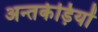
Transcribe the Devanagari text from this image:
अन्तर्कड़ियों